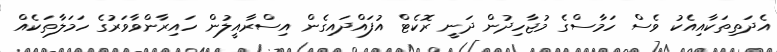
އެދަތިތަކާއިއެކު ވެސް ހަމާސްގެ މުޖާހިދުން ދަނީ ރޮކެޓް އުފައްދައިގެން އިސްރާއީލުން ހައިރާންވާވަރުގެ ހަމަލާތަކެއް